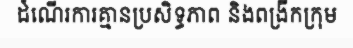
ដំណើរការគ្មានប្រសិទ្ធភាព និងពង្រីកក្រុម